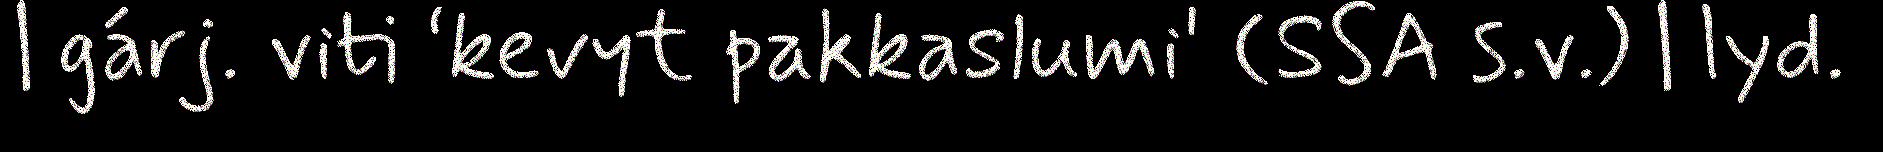
| gárj. viti ‘kevyt pakkaslumi' (SSA s.v.) | lyd.